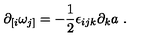
\partial _ { [ i } \omega _ { j ] } = - { \frac { 1 } { 2 } } \epsilon _ { i j k } \partial _ { k } a \ .